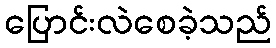
ပြောင်းလဲစေခဲ့သည်